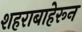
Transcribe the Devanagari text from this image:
शहराबाहेरून